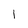
Character: 1